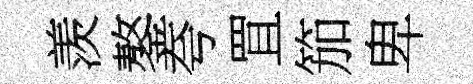
羡鏊夸罝笳卑